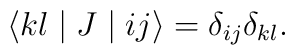
\langle kl\mid J\mid ij\rangle =\delta_{ij}\delta_{kl}.